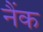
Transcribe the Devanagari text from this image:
नैंक